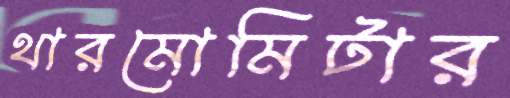
থারমোমিটার